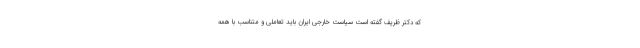
که دکتر ظریف گفته است سیاست خارجی ایران باید تعاملی و متناسب با همه